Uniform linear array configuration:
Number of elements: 16
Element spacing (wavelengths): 0.75
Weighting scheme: cosine
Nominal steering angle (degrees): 0
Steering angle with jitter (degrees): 1.35
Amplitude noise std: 0.05
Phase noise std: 0.05

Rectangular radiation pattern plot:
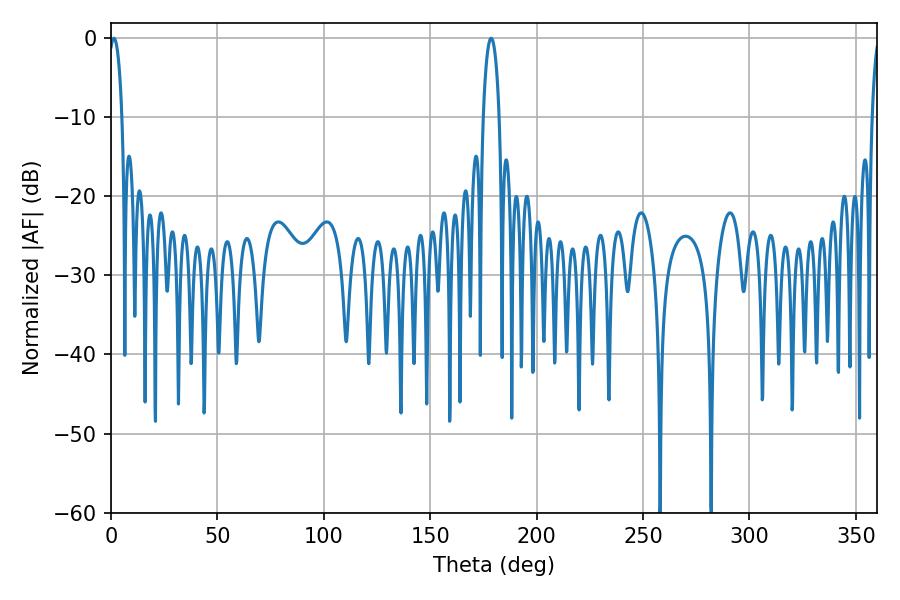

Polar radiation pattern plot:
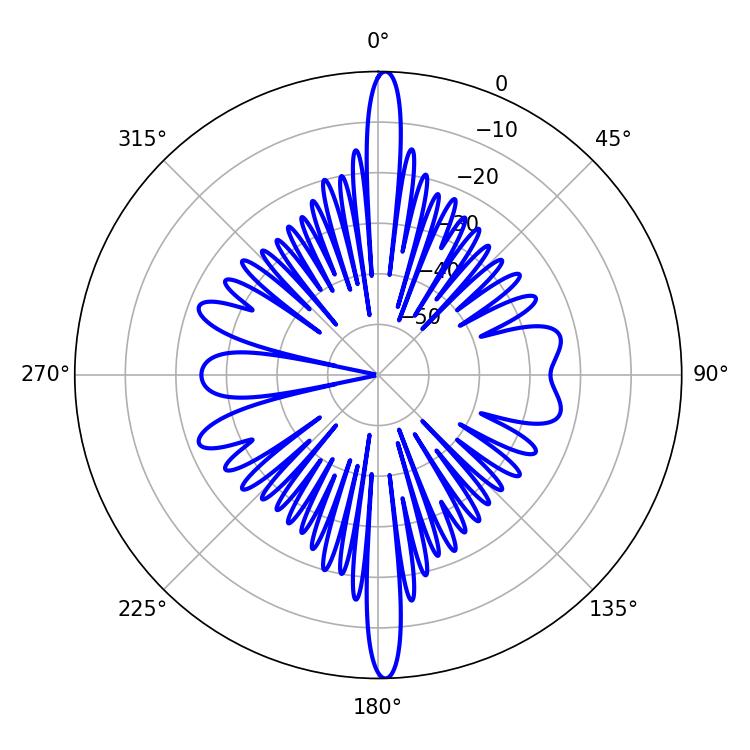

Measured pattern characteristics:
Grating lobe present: TRUE
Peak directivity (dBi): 26.868
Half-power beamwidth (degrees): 3.42
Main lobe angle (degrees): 1.44